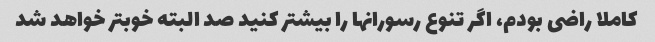
کاملا راضی بودم، اگر تنوع رسورانها را بیشتر کنید صد البته خوبتر خواهد شد